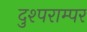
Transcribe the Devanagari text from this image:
दुश्पराम्पर